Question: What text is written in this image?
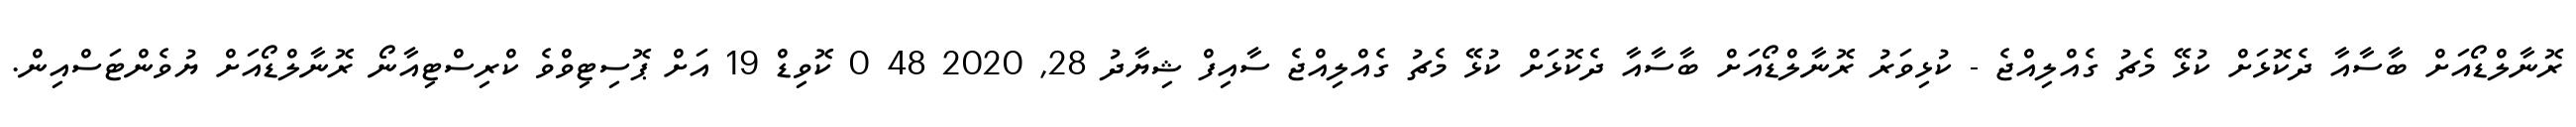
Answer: ރޮނާލްޑޯއަށް ބާސާއާ ދެކޮޅަށް ކުޅޭ މެޗު ގެއްލިއްޖެ - ކުޅިވަރު ރޮނާލްޑޯއަށް ބާސާއާ ދެކޮޅަށް ކުޅޭ މެޗު ގެއްލިއްޖެ ސާއިފް ޝިޔާދު 28, 2020 48 0 ކޮވިޑް 19 އަށް ޕޮސިޓިވްވެ ކްރިސްޓިއާނޯ ރޮނާލްޑޯއަށް ޔުވެންޓަސްއިން.